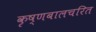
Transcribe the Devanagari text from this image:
कृष्णबालचरित